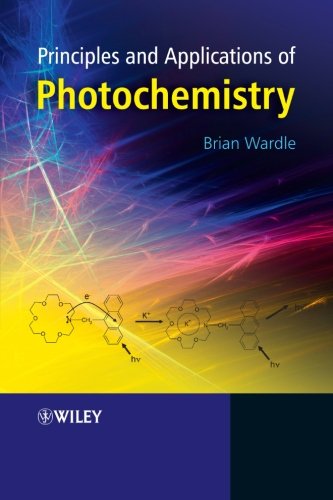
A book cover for Principles and Applications of Photochemistry; Brian Wardle; Science & Math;